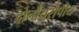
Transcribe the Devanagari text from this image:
दोनोंयूरोपीय